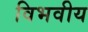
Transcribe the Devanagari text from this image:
विभवीय